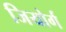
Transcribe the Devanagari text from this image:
जियोर्ग